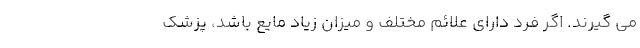
می گیرند. اگر فرد دارای علائم مختلف و میزان زیاد مایع باشد، پزشک